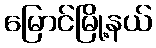
မြောင်မြို့နယ်